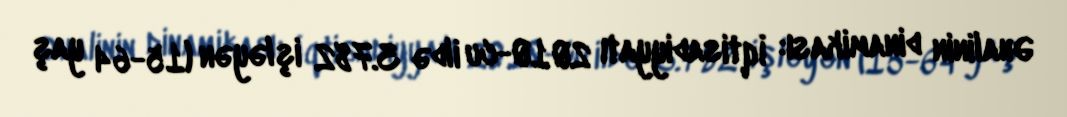
Əhalinin dinamikası: İqtisadiyyatı 2010-cu ildə 3.782 işləyən (15-64 yaş